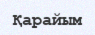
Қарайым